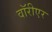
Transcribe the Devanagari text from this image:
वॉरीएर